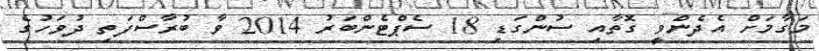
މަގާމަށް އެދެންވީ ގޮތާއި ސުންގަޑި 18 ސެޕްޓެންބަރު 2014 ވާ ބުރާސްފަތި ދުވަހުގެ